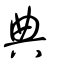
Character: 典